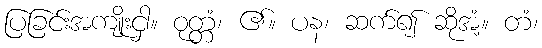
ပြခြင်းအကျိုးငှါ။ ဝုတ္တံ၊ ၏။ ပန၊ ဆက်၍ ဆိုအံ့။ တံ၊